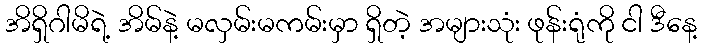
အိရှိဂါမိရဲ့ အိမ်နဲ့ မလှမ်းမကမ်းမှာ ရှိတဲ့ အများသုံး ဖုန်းရုံကို ငါ ဒီနေ့